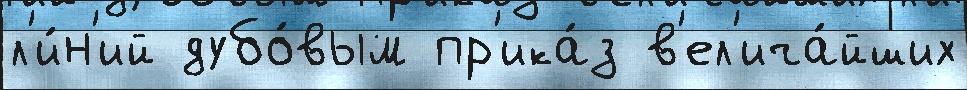
л'и́н'ий дубо́вым пр'ика́з в'ел'ича́йших